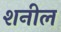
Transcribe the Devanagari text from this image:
शनील